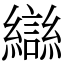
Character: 䜌